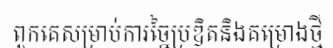
ពួកគេសម្រាប់ការច្នៃប្រឌិតនិងគម្រោងថ្មី